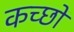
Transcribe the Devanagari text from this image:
कच्छों